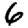
Digit: 6